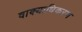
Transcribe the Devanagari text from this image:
वाक्याधिकरण